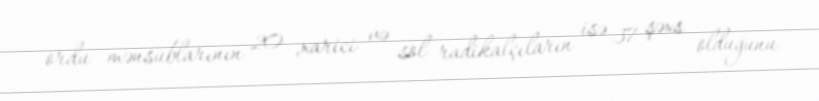
ordu mənsublarının 20 ,xarici və sol radikalçıların isə 37 şəxs olduğunu